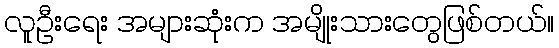
လူဦးရေး အများဆုံးက အမျိုးသားတွေဖြစ်တယ်။